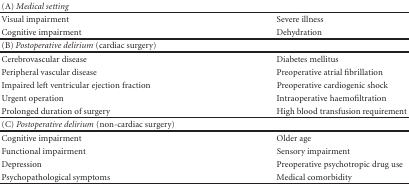
<table><thead><tr><td><b>(A) <i>Medical setting </i></b></td><td></td></tr></thead><tbody><tr><td>Visual impairment</td><td>Severe illness</td></tr><tr><td>Cognitive impairment</td><td>Dehydration</td></tr><tr><td>(B) <i>Postoperative delirium </i>(cardiac surgery)</td><td></td></tr><tr><td>Cerebrovascular disease</td><td>Diabetes mellitus</td></tr><tr><td>Peripheral vascular disease</td><td>Preoperative atrial fibrillation</td></tr><tr><td>Impaired left ventricular ejection fraction</td><td>Preoperative cardiogenic shock</td></tr><tr><td>Urgent operation</td><td>Intraoperative haemofiltration</td></tr><tr><td>Prolonged duration of surgery</td><td>High blood transfusion requirement</td></tr><tr><td>(C) <i>Postoperative delirium </i>(non-cardiac surgery)</td><td></td></tr><tr><td>Cognitive impairment</td><td>Older age</td></tr><tr><td>Functional impairment</td><td>Sensory impairment</td></tr><tr><td>Depression</td><td>Preoperative psychotropic drug use</td></tr><tr><td>Psychopathological symptoms</td><td>Medical comorbidity</td></tr></tbody></table>